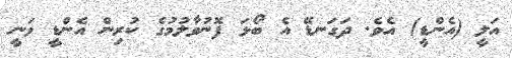
އަލީ (އެންޑީ) އެވެ. ދަގަނޑޭ އެ ބޯޅަ ފޮނުވާލުމުގެ ކުރިން އެންޑީ ވަނީ